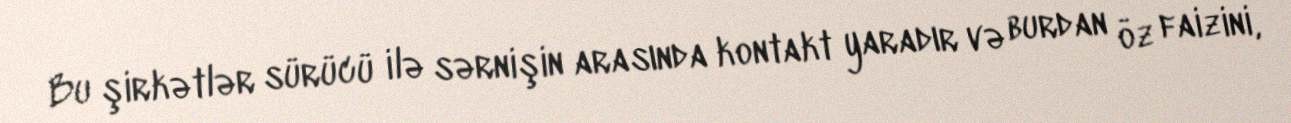
Bu şirkətlər sürücü ilə sərnişin arasında kontakt yaradır və burdan öz faizini,